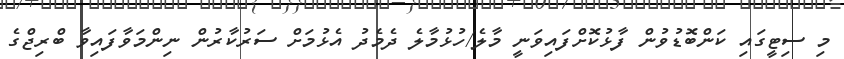
މި ސިޓީގައި ކަންބޮޑުވުން ފާޅުކޮށްފައިވަނީ މާލެ/ހުޅުމާލެ ދެމެދު އެޅުމަށް ސަރުކާރުން ނިންމަވާފައިވާ ބްރިޖްގެ